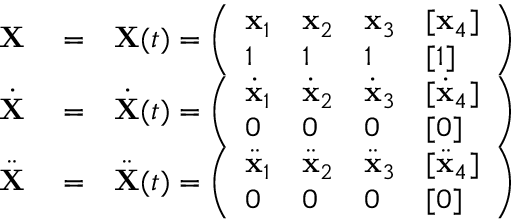
\begin{array} { r l r } { { \mathbf X } } & { { } = } & { { \mathbf X } ( t ) = \left( \begin{array} { l l l l } { { \mathbf x } _ { 1 } } & { { \mathbf x } _ { 2 } } & { { \mathbf x } _ { 3 } } & { [ { \mathbf x } _ { 4 } ] } \\ { 1 } & { 1 } & { 1 } & { [ 1 ] } \end{array} \right) } \\ { \dot { { \mathbf X } } } & { { } = } & { \dot { { \mathbf X } } ( t ) = \left( \begin{array} { l l l l } { \dot { { \mathbf x } } _ { 1 } } & { \dot { { \mathbf x } } _ { 2 } } & { \dot { { \mathbf x } } _ { 3 } } & { [ \dot { { \mathbf x } } _ { 4 } ] } \\ { 0 } & { 0 } & { 0 } & { [ 0 ] } \end{array} \right) } \\ { \ddot { { \mathbf X } } } & { { } = } & { \ddot { { \mathbf X } } ( t ) = \left( \begin{array} { l l l l } { \ddot { { \mathbf x } } _ { 1 } } & { \ddot { { \mathbf x } } _ { 2 } } & { \ddot { { \mathbf x } } _ { 3 } } & { [ \ddot { { \mathbf x } } _ { 4 } ] } \\ { 0 } & { 0 } & { 0 } & { [ 0 ] } \end{array} \right) } \end{array}